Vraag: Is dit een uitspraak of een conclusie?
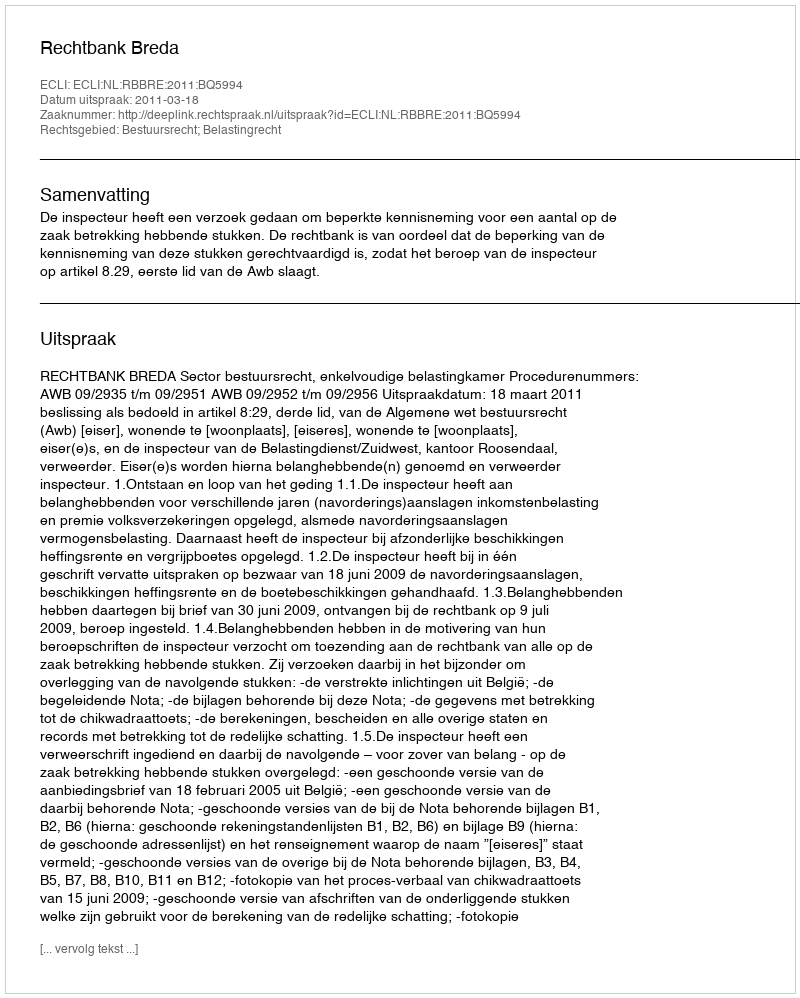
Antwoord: Uitspraak